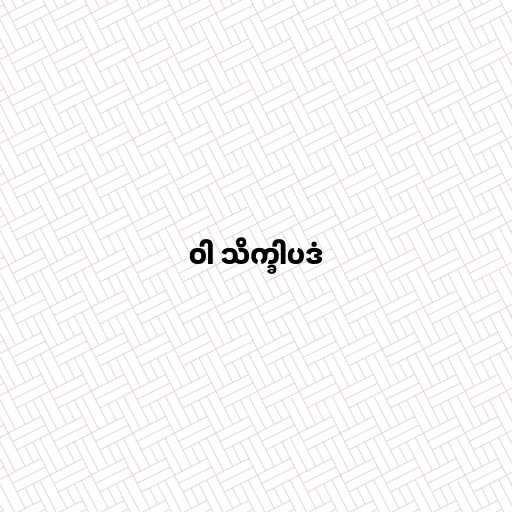
ဝါ သိက္ခါပဒံ